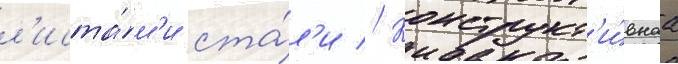
л'иста́м'и ста́л'и // Конструкт'и́внаа